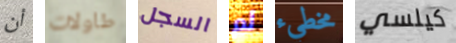
أن طاولات السجل لم مخطيء كيلسي